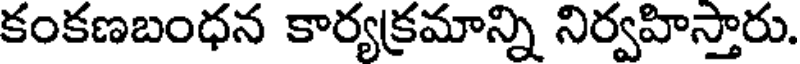
కంకణబంధన కార్యక్రమాన్ని నిర్వహిస్తారు.